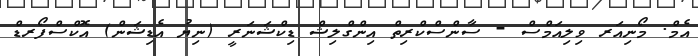
އެމް. މޯނިއަރ ވިލިއަމްސް - ސާންސްކްރިތް އިންގްލިޝް ޑިކްޝަނަރީ (ނިޔު އެޑިޝަން) އޮކްސްފޯރޑް